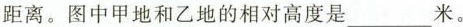
距离。图中甲地和乙地的相对高度是___米。